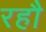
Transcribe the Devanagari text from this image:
रहौ